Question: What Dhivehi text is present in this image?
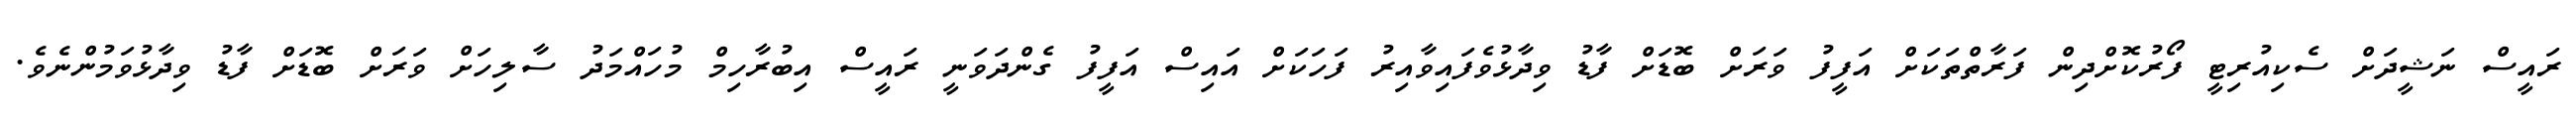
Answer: ރައީސް ނަޝީދަށް ސެކިއުރިޓީ ފޯރުކޮށްދިން ފަރާތްތަކަށް އަފީފު ވަރަށް ބޮޑަށް ފާޑު ވިދާޅުވެފައިވާއިރު ފަހަކަށް އައިސް އަފީފު ގެންދަވަނީ ރައީސް އިބުރާހިމް މުހައްމަދު ސާލިހަށް ވަރަށް ބޮޑަށް ފާޑު ވިދާޅުވަމުންނެވެ.